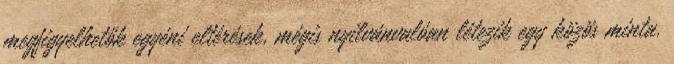
megfigyelhetők egyéni eltérések, mégis nyilvánvalóan létezik egy közös minta.